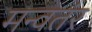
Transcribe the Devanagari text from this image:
मन्वतंर